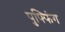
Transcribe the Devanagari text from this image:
पुफ्फिंग